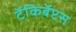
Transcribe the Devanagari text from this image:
टॅकिबॅप्टस